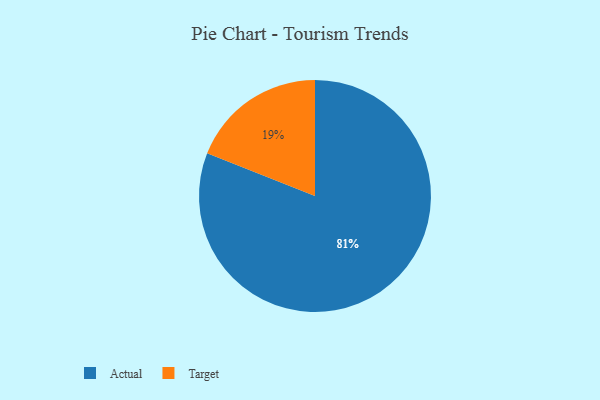
{"axis": {"x": "Category", "y": "Percentage"}, "legend": ["Actual", "Target"], "data": [{"x": "Actual", "y": 81, "type": "Actual"}, {"x": "Target", "y": 19, "type": "Target"}]}